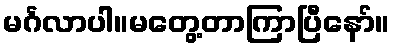
မင်္ဂလာပါ။မတွေ့တာကြာပြီနော်။